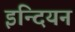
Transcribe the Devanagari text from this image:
इन्दियन